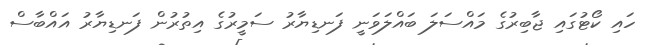
ހައި ކޯޓުގައި ޖާބިރުގެ މައްސަލަ ބައްލަވަނީ ފަނޑިޔާރު ސަމީރުގެ އިތުރުން ފަނޑިޔާރު އައްބާސް